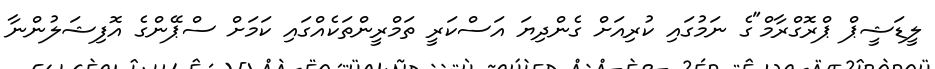
ލީޑަޝީޕް ޕްރޮގްރާމް"ގެ ނަމުގައި ކުރިއަށް ގެންދިޔަ އަސްކަރީ ތަމްރީންތަކެއްގައި ކަމަށް ސްޕޭންގެ އޮފިޝަލުންނާ